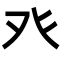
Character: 癶